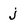
Character: j